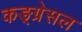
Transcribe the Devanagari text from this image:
कङ्ग्रेसल